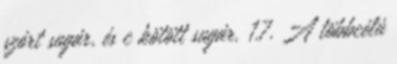
szórt sugár, és c kötött sugár. 1.7. A többcélú